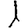
Digit: 1